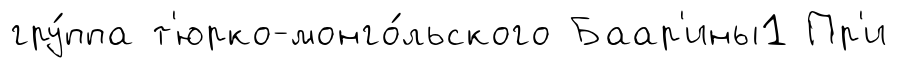
гру́ппа т'юрко-монго́льского Баар'ины1 Пр'и